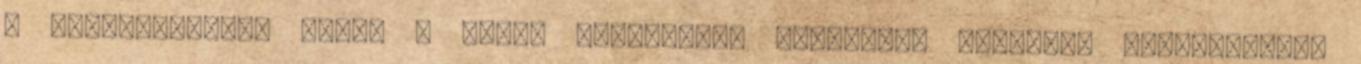
a kipufogóvégek pedig a hátsó lökhárítón keresztül kerültek kivezetésre.